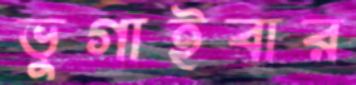
ভুগাইবার